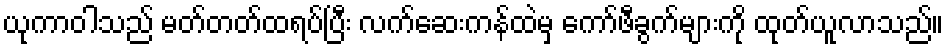
ယုကာဝါသည် မတ်တတ်ထရပ်ပြီး လက်ဆေးကန်ထဲမှ ကော်ဖီခွက်များကို ထုတ်ယူလာသည်။